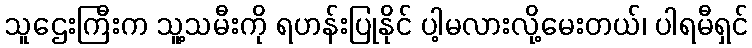
သူဌေးကြီးက သူ့သမီးကို ရဟန်းပြုနိုင် ပါ့မလားလို့မေးတယ်၊ ပါရမီရှင်